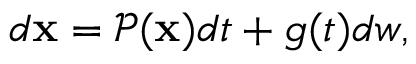
\begin{array} { r } { d \mathbf { x } = \mathcal { P } ( \mathbf { x } ) d t + g ( t ) d w , } \end{array}